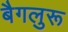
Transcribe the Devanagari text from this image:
बैगलुरू